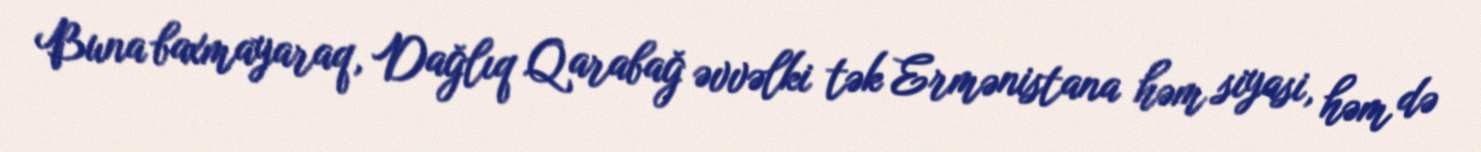
Buna baxmayaraq, Dağlıq Qarabağ əvvəlki tək Ermənistana həm siyasi, həm də